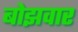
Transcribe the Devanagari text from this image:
बोझवार